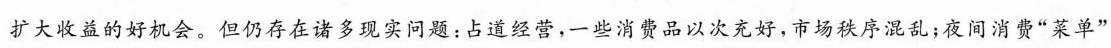
扩大收益的好机会。但仍存在诸多现实问题：占道经营，一些消费品以次充好，市场秩序混乱；夜间消费”菜单”